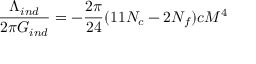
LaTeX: { \frac { \Lambda _ { i n d } } { 2 \pi G _ { i n d } } } = - { \frac { 2 \pi } { 2 4 } } ( 1 1 N _ { c } - 2 N _ { f } ) c { \cal M } ^ { 4 }